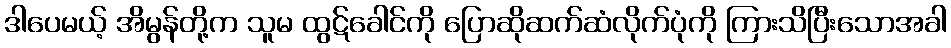
ဒါပေမယ့် အိမွန်တို့က သူမ ထွဋ်ခေါင်ကို ပြောဆိုဆက်ဆံလိုက်ပုံကို ကြားသိပြီးသောအခါ